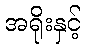
အရိုးနှင့်